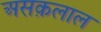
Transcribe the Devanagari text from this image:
असक़लाल